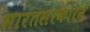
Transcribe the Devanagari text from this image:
भारतसरकारने